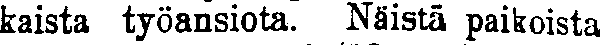
kaista työansiota. Näistä paikoista